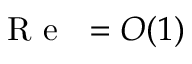
\mathrm { ~ \textit ~ { ~ R ~ e ~ } ~ } = O ( 1 )